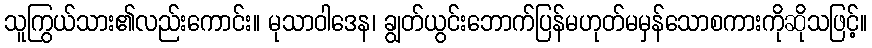
သူကြွယ်သား၏လည်းကောင်း။ မုသာဝါဒေန၊ ချွတ်ယွင်းဘောက်ပြန်မဟုတ်မမှန်သောစကားကိုဆိုသဖြင့်။